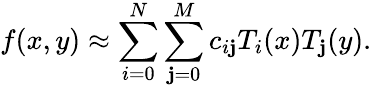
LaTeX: f(x,y)\approx\sum_{i=0}^{N}\sum_{\mathbf{j}=0}^{M}c_{i\mathbf{j}}T_{i}(x)T_{\mathbf{j}}(y).